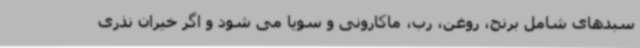
سبدهای شامل برنج، روغن، رب، ماکارونی و سویا می شود و اگر خیران نذری